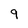
Character: 9